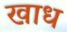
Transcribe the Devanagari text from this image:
खाध